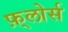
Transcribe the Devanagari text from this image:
फ़्लोर्स